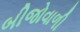
બીજોવાળી